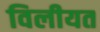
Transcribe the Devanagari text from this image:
विलीयत